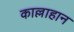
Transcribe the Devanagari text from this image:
काल्लाहान